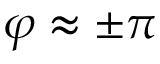
\varphi \approx \pm \pi